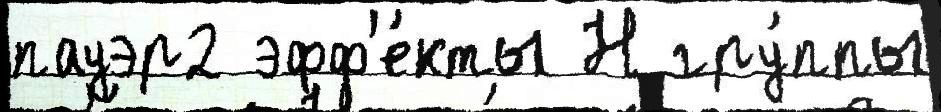
пауэр2 эфф'е́кты Н гру́ппы